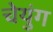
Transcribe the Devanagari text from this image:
चेयुंग